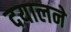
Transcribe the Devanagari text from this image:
दयालने